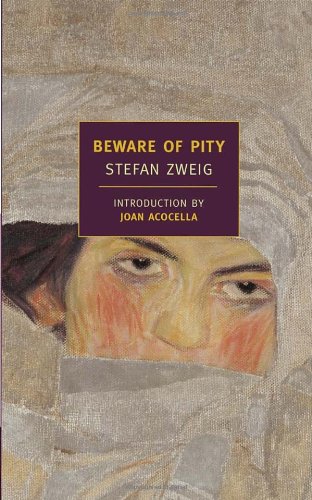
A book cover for Beware of Pity (New York Review Books Classics); Stefan Zweig; Science Fiction & Fantasy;